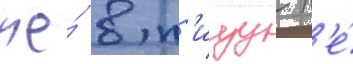
же́ в п'ищу н'е́